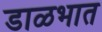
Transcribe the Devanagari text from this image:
डाळभात